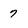
Character: 7